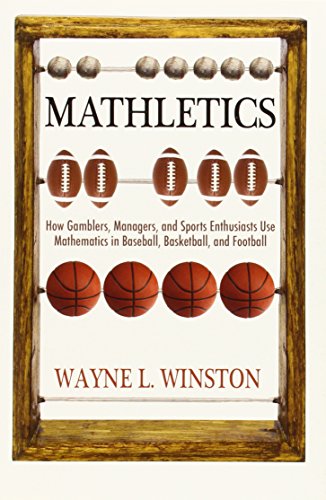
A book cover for Mathletics: How Gamblers, Managers, and Sports Enthusiasts Use Mathematics in Baseball, Basketball, and Football; Wayne L. Winston; Humor & Entertainment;